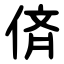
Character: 㑪